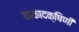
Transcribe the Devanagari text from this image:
काकादक्षिणी